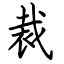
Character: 裁